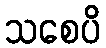
သစေပိ